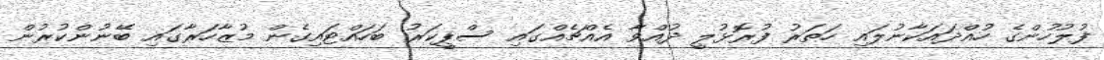
ފުލުހުންގެ ހުއްދައަކާނުލައި ހަތަރު ފުރޮޅުލީ ދުއްވާ އެއްޗެއްގައި ސްޕީކަރު ބަހައްޓައިގެން މުޒާހަރާގައި ބޭނުންކުރުން